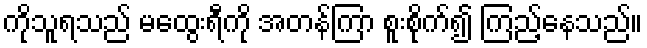
ကိုသူရသည် မထွေးရီကို အတန်ကြာ စူးစိုက်၍ ကြည့်နေသည်။